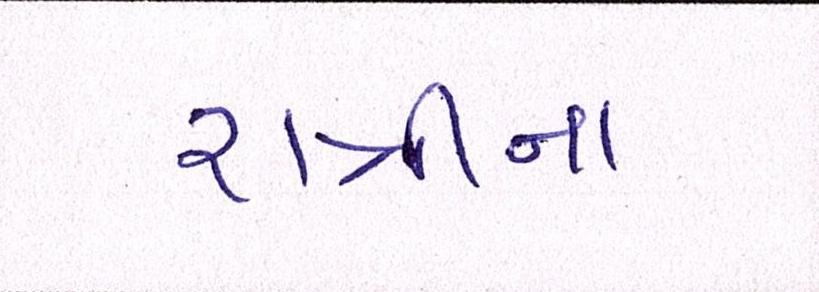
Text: રાત્રીનાં